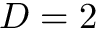
D = 2